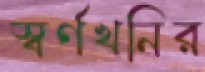
স্বর্ণখনির